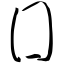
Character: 囗